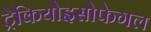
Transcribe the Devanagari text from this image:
ट्रेकियोइसोफेगल